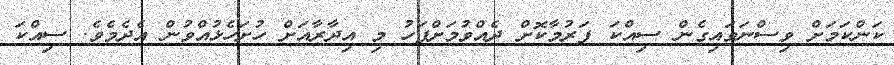
ކަންކަމަށް ވިސްނަވައިގެން ސިއްކަ ފަރުމާކޮށް ދެއްވުމަށްފަހު މި އިދާރާއަށް ހުށަހެޅުއްވުން އެދެމެވެ. ސިއްކަ